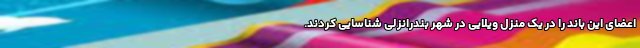
اعضای این باند را در یک منزل ویلایی در شهر بندرانزلی شناسایی کردند.